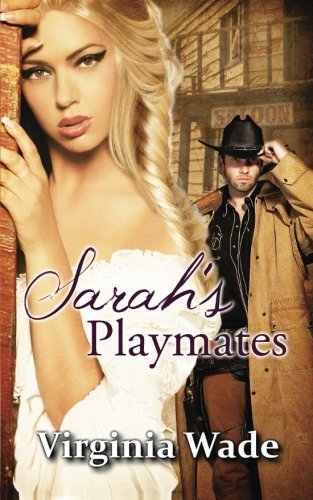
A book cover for Sarah's Playmates: A Wild West Erotic Adventure; Virginia Wade; Romance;